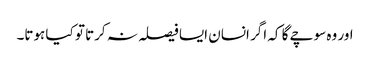
اور وہ سوچے گا کہ اگر انسان ایسا فیصلہ نہ کرتا تو کیا ہوتا۔